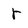
Character: r